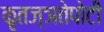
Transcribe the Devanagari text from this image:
कृतज्ञतेपोटी